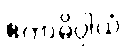
ဧကာဓိပ္ပါယံ